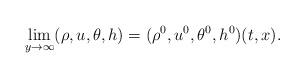
LaTeX: \begin{align*}\lim\limits_{y\to\infty}(\rho, u, \theta, h)=(\rho^0, u^0, \theta^0, h^0)(t, x).\end{align*}